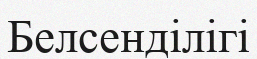
Белсенділігі